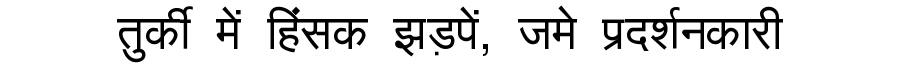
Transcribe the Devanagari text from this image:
तुर्की में हिंसक झड़पें, जमे प्रदर्शनकारी